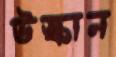
উস্কান